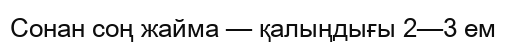
Сонан соң жайма — қалыңдығы 2—3 ем